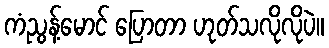
ကံညွန့်မောင် ပြောတာ ဟုတ်သလိုလိုပဲ။